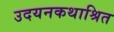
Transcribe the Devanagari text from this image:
उदयनकथाश्रित